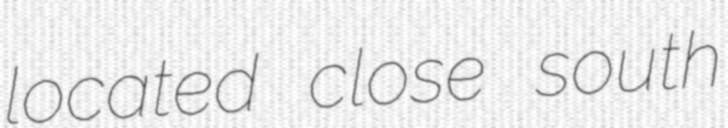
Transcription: located close south